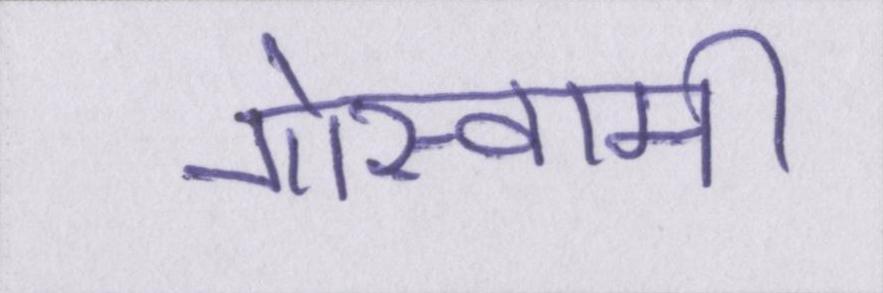
गोस्वामी